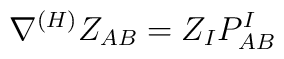
\nabla^{(H)} Z_{AB}= Z_{I} P^I_{AB}